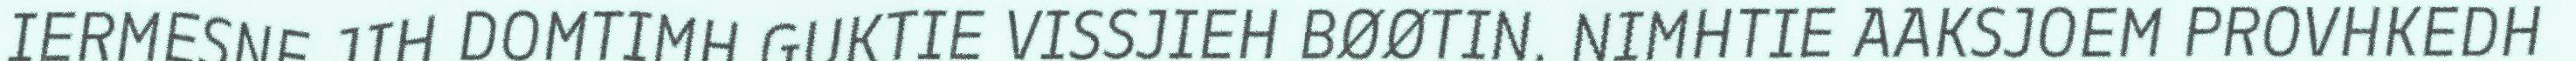
IERMESNE JIH DOMTIMH GUKTIE VISSJIEH BØØTIN. NIMHTIE AAKSJOEM PROVHKEDH